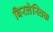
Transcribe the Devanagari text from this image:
बिरलेस्तिक